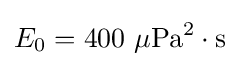
E_{0}=400~\mathrm {\mu Pa^{2}\cdot s}